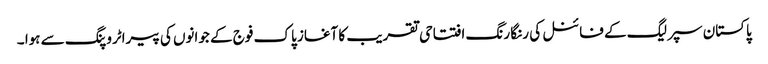
پاکستان سپر لیگ کے فائنل کی رنگا رنگ افتتاحی تقریب کا آغاز پاک فوج کے جوانوں کی پیراٹروپنگ سے ہوا ۔